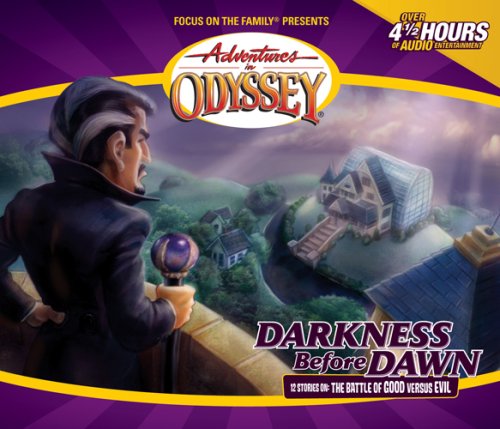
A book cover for Adventures in Odyssey: Darkness Before Dawn (#25); AIO Team; Humor & Entertainment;